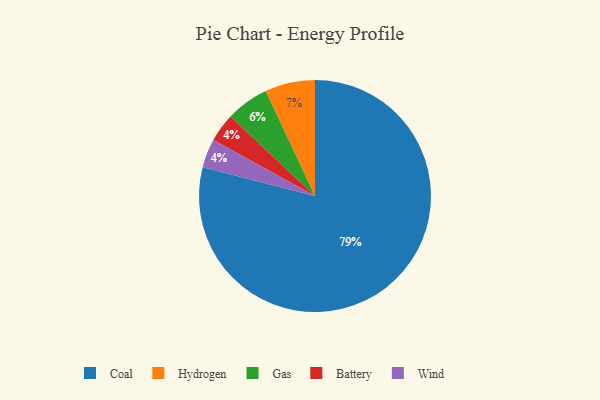
{"axis": {"x": "Category", "y": "Percentage"}, "legend": ["Battery", "Coal", "Gas", "Hydrogen", "Wind"], "data": [{"x": "Battery", "y": 4, "type": "Battery"}, {"x": "Hydrogen", "y": 7, "type": "Hydrogen"}, {"x": "Coal", "y": 79, "type": "Coal"}, {"x": "Gas", "y": 6, "type": "Gas"}, {"x": "Wind", "y": 4, "type": "Wind"}]}